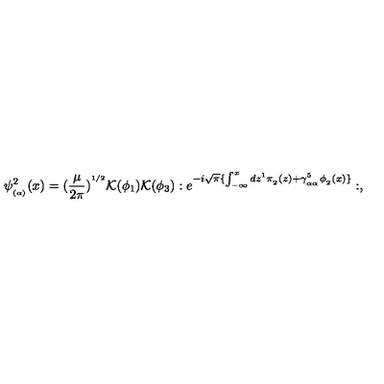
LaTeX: \psi _ { _ { ( \alpha ) } } ^ { 2 } ( x ) = ( \frac { \mu } { 2 \pi } ) ^ { ^ { 1 / 2 } } { \cal K } ( \phi _ { 1 } ) { \cal K } ( \phi _ { 3 } ) : e ^ { - i \sqrt { \pi } \{ \int _ { - \infty } ^ { x } d z ^ { 1 } \pi _ { _ 2 } ( z ) + \gamma _ { _ { \alpha \alpha } } ^ { 5 } \phi _ { _ 2 } ( x ) \} } : ,